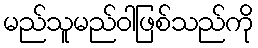
မည်သူမည်ဝါဖြစ်သည်ကို